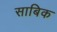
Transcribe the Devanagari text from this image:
साबिक